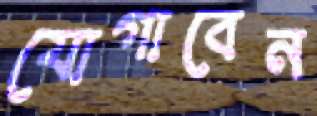
যোগাবেন